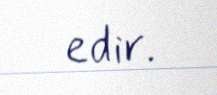
edir.